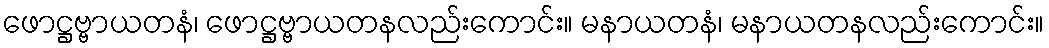
ဖောဋ္ဌဗ္ဗာယတနံ၊ ဖောဋ္ဌဗ္ဗာယတနလည်းကောင်း။ မနာယတနံ၊ မနာယတနလည်းကောင်း။